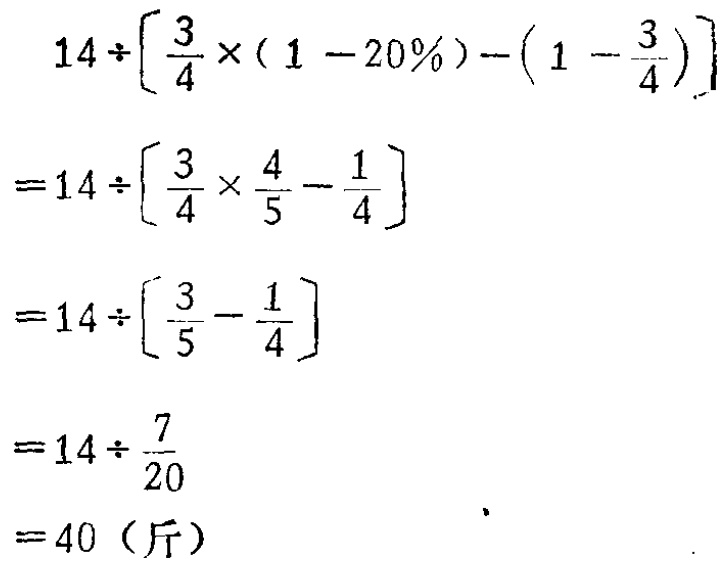
\[

\begin{align*}

&14\div\left[\frac{3}{4}\times(1 - 20\%)-\left(1-\frac{3}{4}\right)\right]\\

=&14\div\left[\frac{3}{4}\times\frac{4}{5}-\frac{1}{4}\right]\\

=&14\div\left[\frac{3}{5}-\frac{1}{4}\right]\\

=&14\div\frac{7}{20}\\

=&40（\text{斤}）

\end{align*}

\]